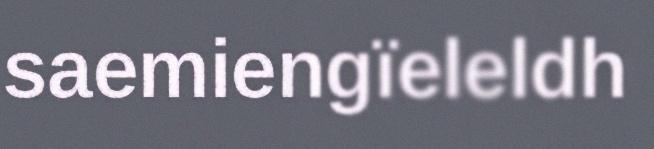
saemiengïeleldh